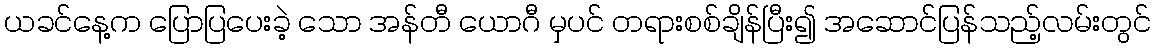
ယခင်နေ့က ပြောပြပေးခဲ့ သော အန်တီ ယောဂီ မှပင် တရားစစ်ချိန်ပြီး၍ အဆောင်ပြန်သည့်လမ်းတွင်